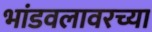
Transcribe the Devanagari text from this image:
भांडवलावरच्या